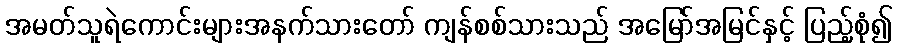
အမတ်သူရဲကောင်းများအနက်သားတော် ကျန်စစ်သားသည် အမြော်အမြင်နှင့် ပြည့်စုံ၍